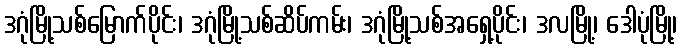
ဒဂုံမြို့သစ်မြောက်ပိုင်း၊ ဒဂုံမြို့သစ်ဆိပ်ကမ်း၊ ဒဂုံမြို့သစ်အရှေ့ပိုင်း၊ ဒလမြို့၊ ဒေါပုံမြို့၊